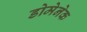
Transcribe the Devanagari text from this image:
डोमेनेक